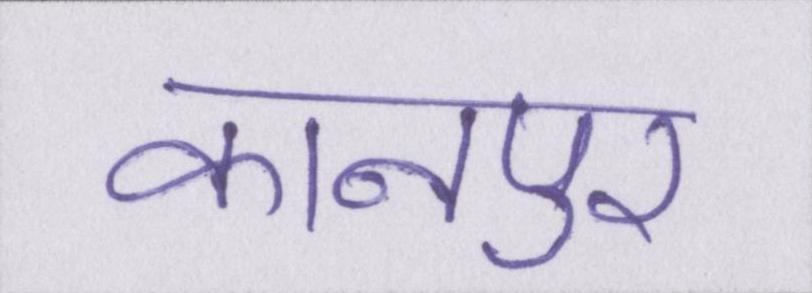
कानपुर